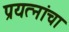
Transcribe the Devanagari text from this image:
प्रयत्‍नांचा